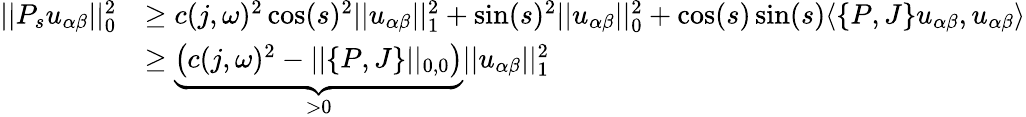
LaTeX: \begin{array}{rl}{||P_{s}u_{\alpha\beta}||_{0}^{2}}&{\geq c(j,\omega)^{2}\cos(s)^{2}||u_{\alpha\beta}||_{1}^{2}+\sin(s)^{2}||u_{\alpha\beta}||_{0}^{2}+\cos(s)\sin(s)\langle\{ P,J\} u_{\alpha\beta},u_{\alpha\beta}\rangle}\\ &{\geq\underbrace{\left(c(j,\omega)^{2}-||\{ P,J\} ||_{0,0}\right)}_{>0}||u_{\alpha\beta}||_{1}^{2}}\end{array}